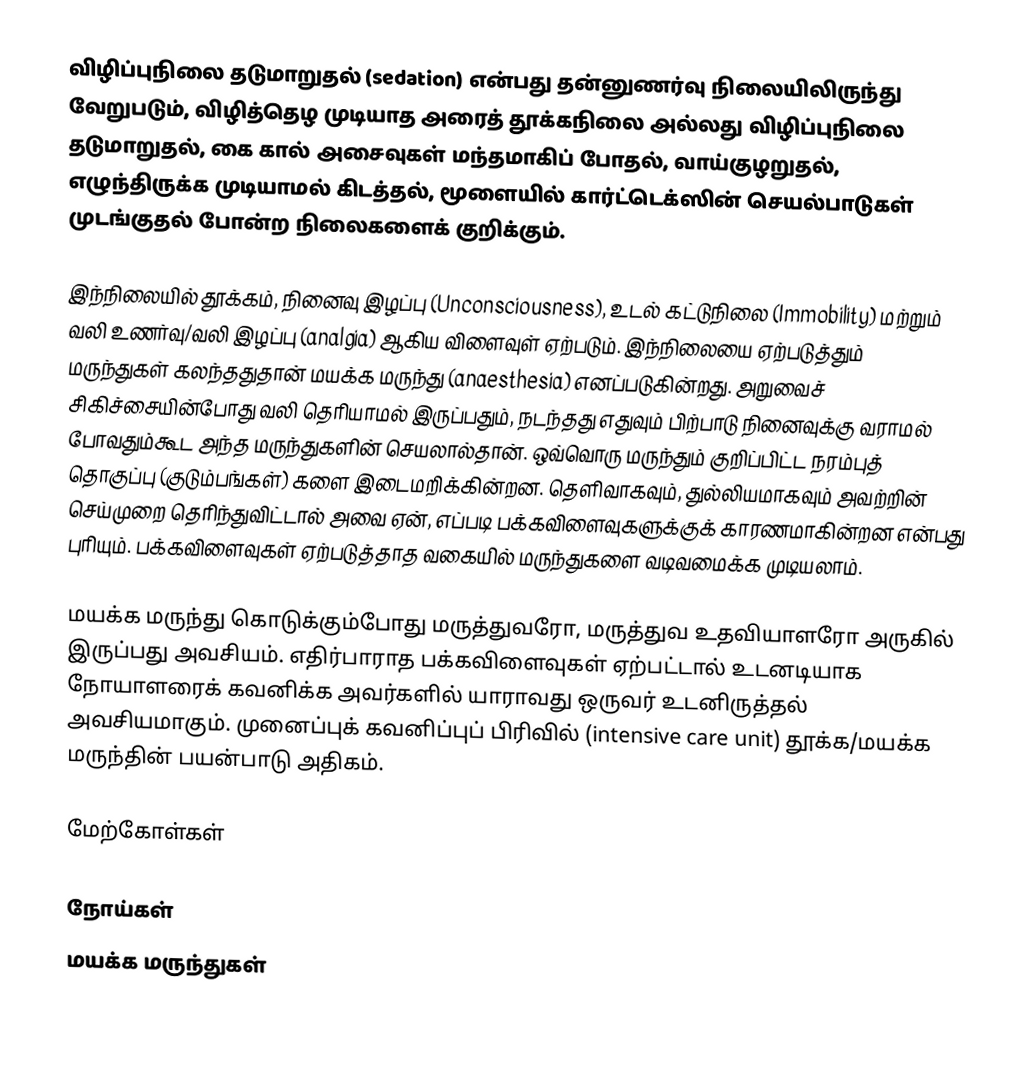
விழிப்புநிலை தடுமாறுதல் (sedation) என்பது தன்னுணர்வு நிலையிலிருந்து வேறுபடும், விழித்தெழ முடியாத அரைத் தூக்கநிலை அல்லது விழிப்புநிலை தடுமாறுதல், கை கால் அசைவுகள் மந்தமாகிப் போதல், வாய்குழறுதல், எழுந்திருக்க முடியாமல் கிடத்தல், மூளையில் கார்ட்டெக்ஸின் செயல்பாடுகள் முடங்குதல் போன்ற நிலைகளைக் குறிக்கும்.

இந்நிலையில் தூக்கம், நினைவு இழப்பு (Unconsciousness), உடல் கட்டுநிலை (Immobility) மற்றும் வலி உணர்வு/வலி இழப்பு (analgia) ஆகிய விளைவுள் ஏற்படும். இந்நிலையை ஏற்படுத்தும் மருந்துகள் கலந்ததுதான் மயக்க மருந்து (anaesthesia) எனப்படுகின்றது. அறுவைச் சிகிச்சையின்போது வலி தெரியாமல் இருப்பதும், நடந்தது எதுவும் பிற்பாடு நினைவுக்கு வராமல் போவதும்கூட அந்த மருந்துகளின் செயலால்தான். ஒவ்வொரு மருந்தும் குறிப்பிட்ட நரம்புத் தொகுப்பு (குடும்பங்கள்) களை இடைமறிக்கின்றன. தெளிவாகவும், துல்லியமாகவும் அவற்றின் செய்முறை தெரிந்துவிட்டால் அவை ஏன், எப்படி பக்கவிளைவுகளுக்குக் காரணமாகின்றன என்பது புரியும். பக்கவிளைவுகள் ஏற்படுத்தாத வகையில் மருந்துகளை வடிவமைக்க முடியலாம்.

மயக்க மருந்து கொடுக்கும்போது மருத்துவரோ, மருத்துவ உதவியாளரோ அருகில் இருப்பது அவசியம். எதிர்பாராத பக்கவிளைவுகள் ஏற்பட்டால் உடனடியாக நோயாளரைக் கவனிக்க அவர்களில் யாராவது ஒருவர் உடனிருத்தல் அவசியமாகும். முனைப்புக் கவனிப்புப் பிரிவில் (intensive care unit) தூக்க/மயக்க மருந்தின் பயன்பாடு அதிகம்.

மேற்கோள்கள்

நோய்கள்
மயக்க மருந்துகள்